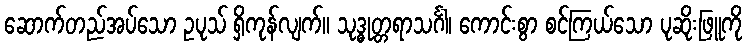
ဆောက်တည်အပ်သော ဥပုသ် ရှိကုန်လျက်။ သုဒ္ဓုတ္တရာသင်္ဂါ၊ ကောင်းစွာ စင်ကြယ်သော ပုဆိုးဖြူကို